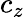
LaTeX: c_{z}